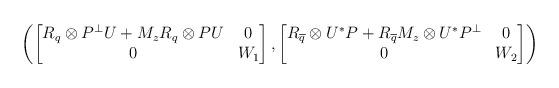
LaTeX: \begin{align*}\left(\begin{bmatrix}R_q\otimes P^\perp U + M_zR_q\otimes P U &0\\0& W_1\end{bmatrix}, \begin{bmatrix}R_{\overline q}\otimes U^*P+R_{\overline q}M_z\otimes U^*P^\perp& 0\\0&W_2\end{bmatrix}\right)\end{align*}